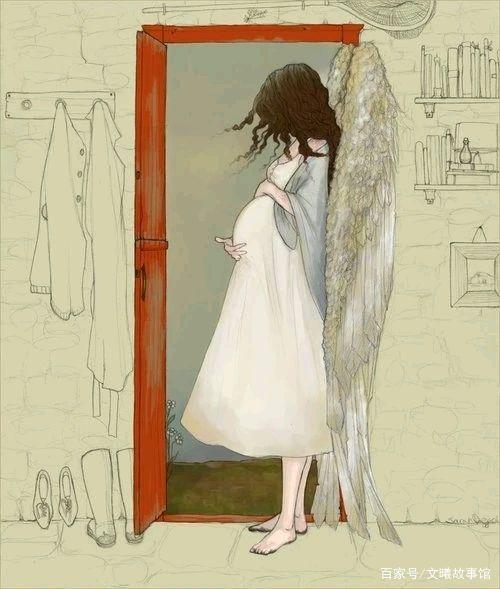
霜殒芦花泪湿衣，白头无复倚柴扉。